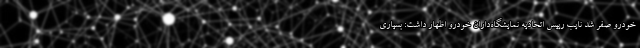
خودرو صفر شد نایب رییس اتحادیه نمایشگاه‌داران خودرو اظهار داشت: بسیاری